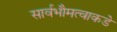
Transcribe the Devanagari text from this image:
सार्वभौमत्वाकडे